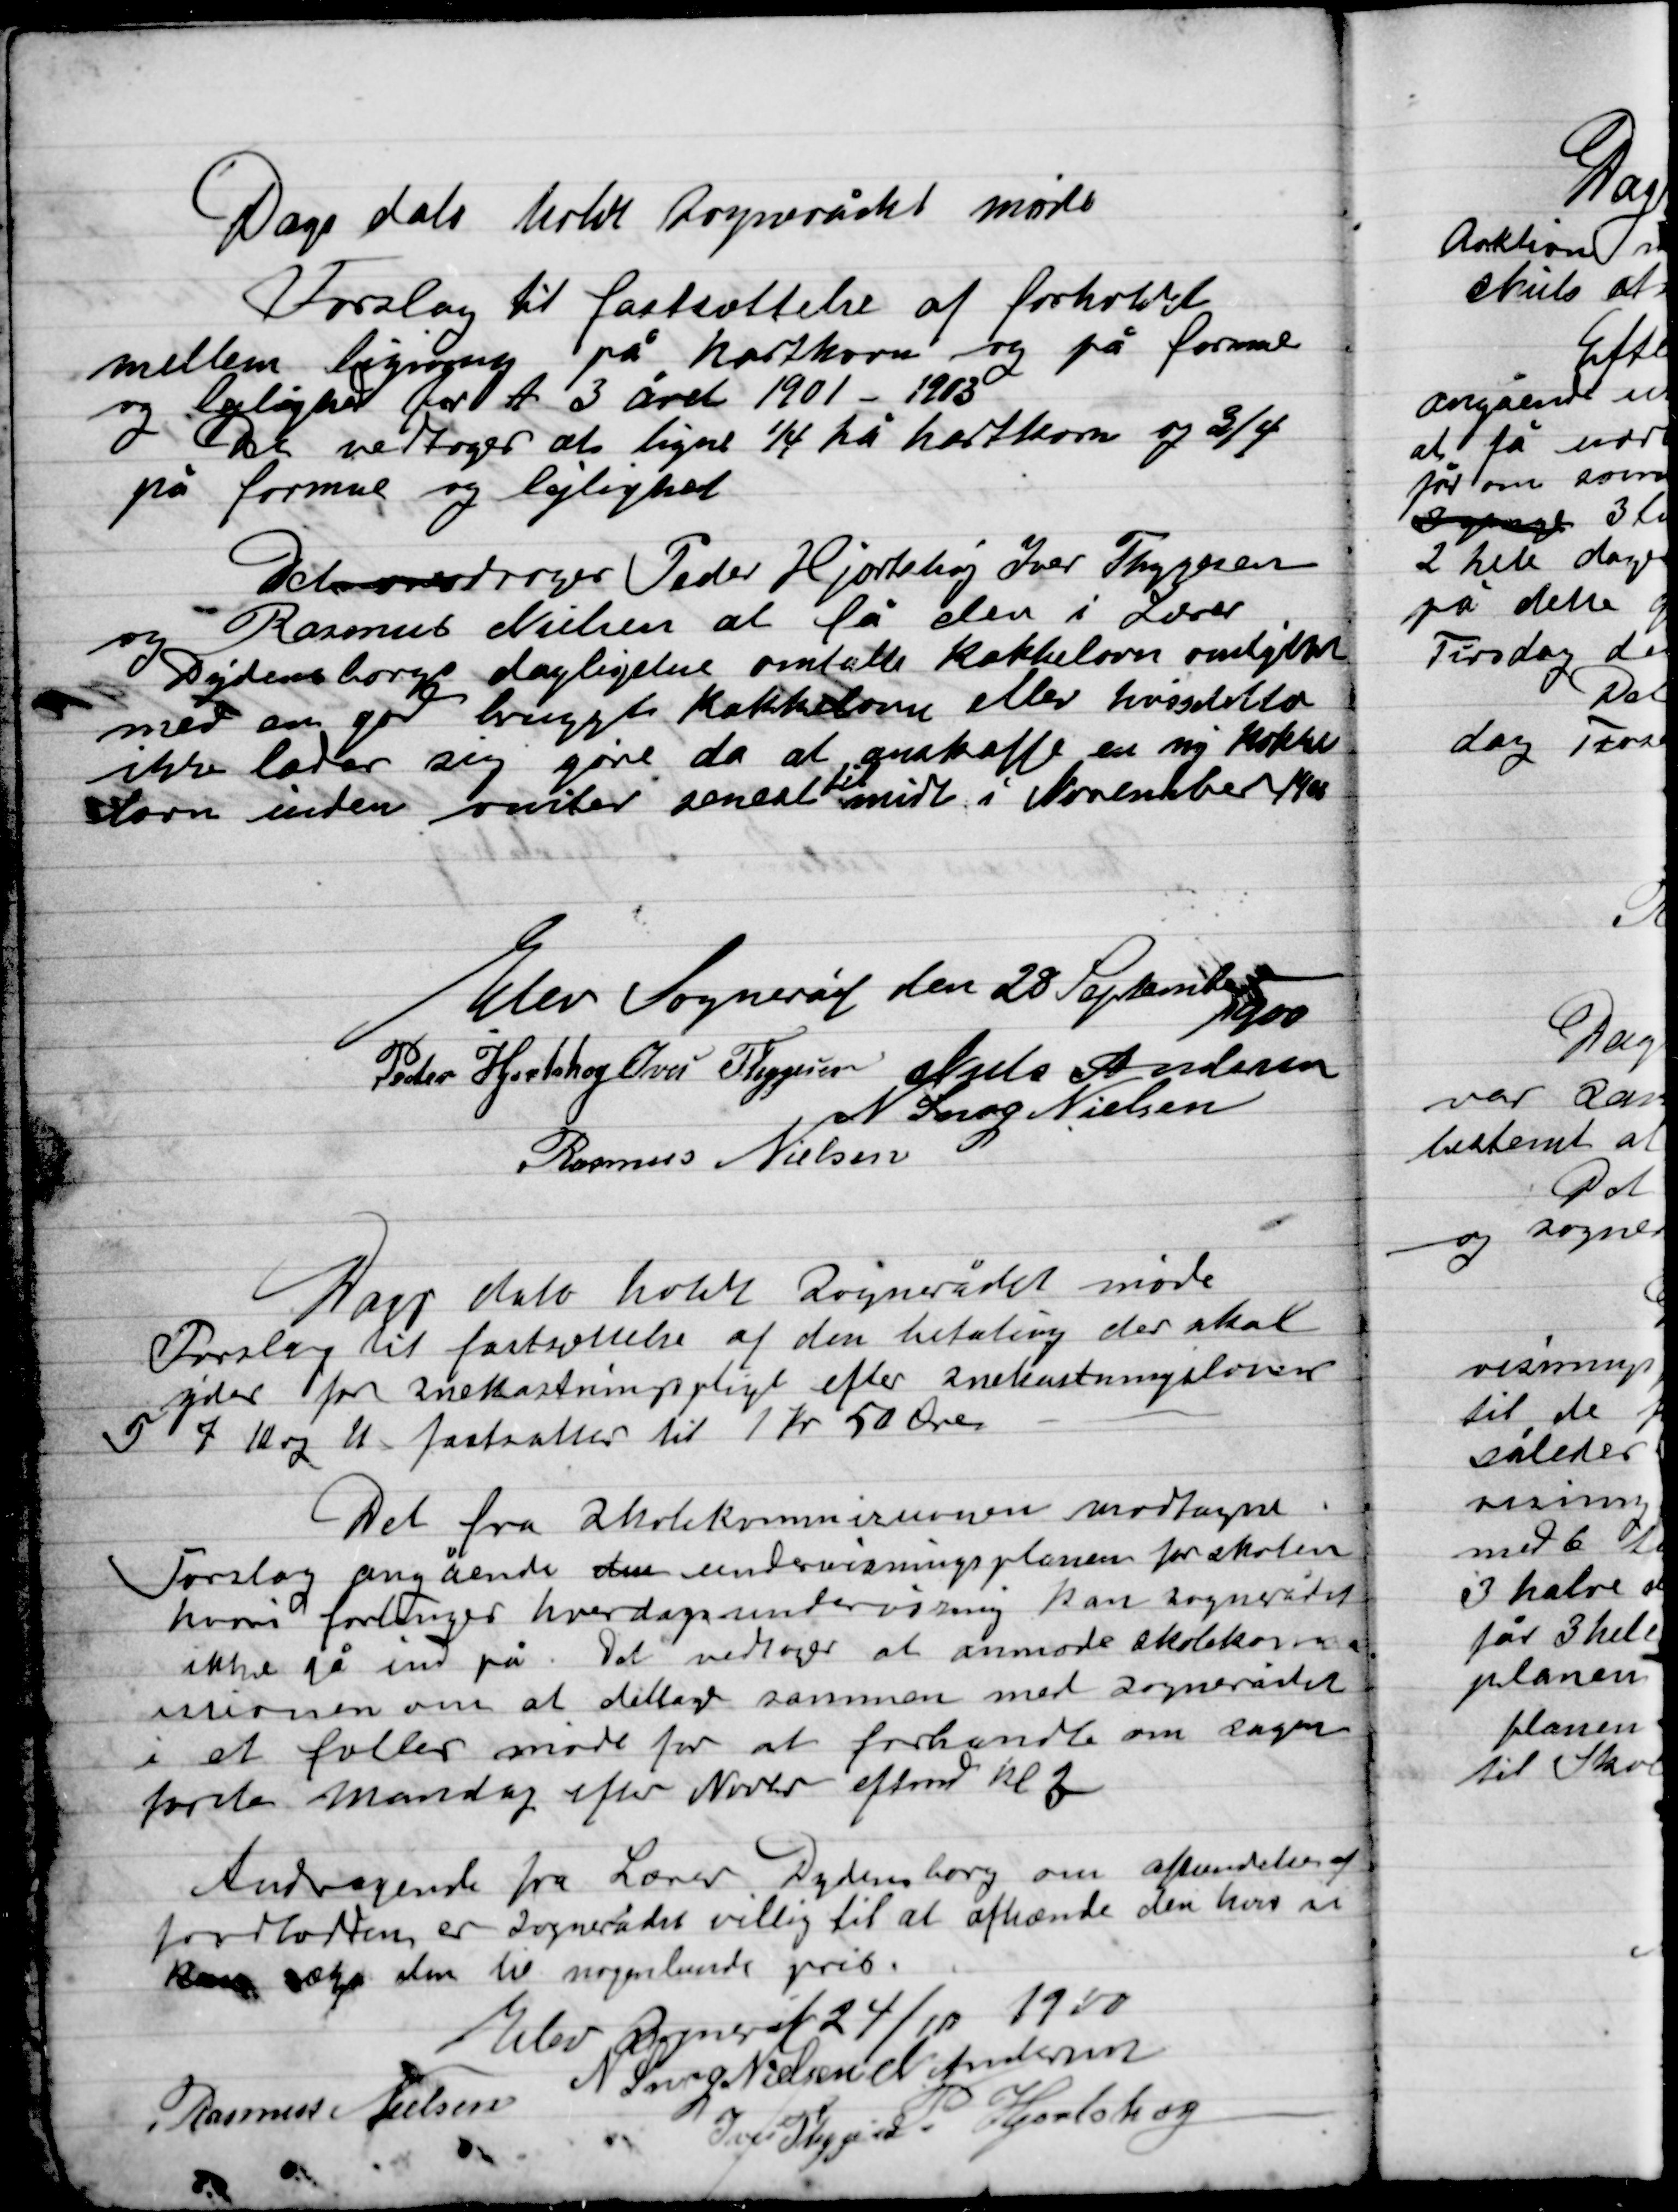
Transskription:
Dags dato holdt Sognerådet møde
Forslag til fastholdelse af forholdet
mellem ligning på hartkorn og på formue
og lejlighed for A 3 året 1901-1903
Det vedtoges at ligne ¼ på hartkorn og 3/4
på formue og lejlighed
Det overdroges Peder Hjortshøj, Ivar Thygesen
og Rasmus Nielsen at få den i Lærer
Dydensborg dagligstue omtalte kakkelovn omskiftet
med en god bugt Kakkelovn eller hvis dette
ikke lader sig gøre da at anskaffe en ny kakkelovn
stor inden vinter senest til midt i November 1900

Elev Sogneråd den 28 September
1900

P. Hjortshøj
Ivar Thygesen
Niels Andersen
N. Snog Nielsen
Rasmus Nielsen

Dags dato holdt Sognerådet møde
Forslag til fastsættelse af den betaling der skal
ydes for snekastning efter snekastningsloven
§ 7 10 og 11 fastsattes til 1 Kr. 50 Øre.
Det fra Skolekommissionen modtagne
Forslag angående den undervisningsplanen for skolen
hvori forlænges hverdagsundervisning kan sognerådet
Ikke gå ind på. Det vedtoges at anmode skolekom-
missionen om at deltage sammen med sognerådet
i et fælles møde for at forhandle om sagen
første Mandag efter Novbr eftmd. Kl. 3
Andragende fra Lærer Dydensborg om afhændelse af
 er Sognerådet villig til at afhænde den hvis en
kan sælge den til nogenlunde pris.

Elev Sogneråd den 24/10 1900

Rasmus Nielsen
N. Snog Nielsen
Niels Andersen
Ivar Thygesen
P. Hjortshøj.